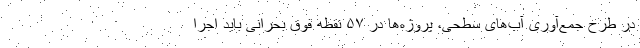
در طرح جمع‌آوری آب‌های سطحی، پروژه‌ها در ۵۷ نقطه فوق بحرانی باید اجرا